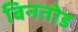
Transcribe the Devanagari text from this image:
बिनतोड